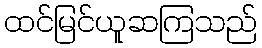
ထင်မြင်ယူဆကြသည်